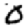
Digit: 0